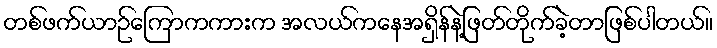
တစ်ဖက်ယာဉ်ကြောကကားက အလယ်ကနေအရှိန်နဲ့ဖြတ်တိုက်ခဲ့တာဖြစ်ပါတယ်။